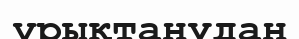
ұрықтанудан